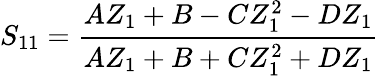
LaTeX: S_{11}=\frac{AZ_{1}+B-CZ_{1}^{2}-DZ_{1}}{AZ_{1}+B+CZ_{1}^{2}+DZ_{1}}